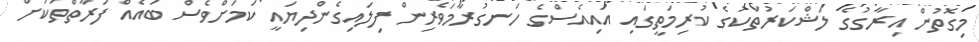
މިގޮތުން އިރާގުގެ ލަޝްކަރުތަކުގެ ކުރިމަތީގައި އައިއެސްގެ ހަނގުރާމަވެރިން ފިލައިގެންދިޔައީ ކަމަށްވެސް ބައެއް ފަރާތްތަކަށް